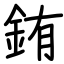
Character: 銪